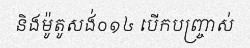
និងម៉ូតូសង់០១៤ បើកបញ្ច្រាស់